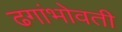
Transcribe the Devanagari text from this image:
ढगांभोवती